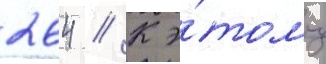
264 // К э́тому